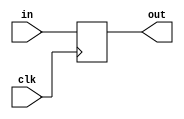
module register_4bit(in, out, clk);

input [3:0] in;
input clk;
output [3:0] out;
reg [3:0] register;

assign out = register;
always @ (posedge clk) begin
  register = in;
end

endmodule